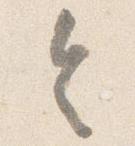
令